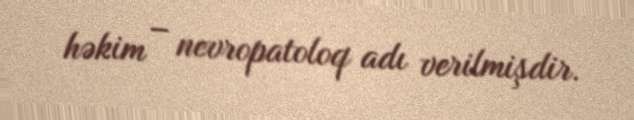
həkim – nevropatoloq adı verilmişdir.